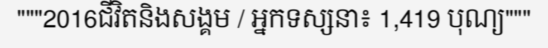
"""2016ជីវិតនិងសង្គម / អ្នកទស្សនា៖ 1,419 បុណ្យ"""